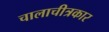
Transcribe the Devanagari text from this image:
चालाचीत्रकार